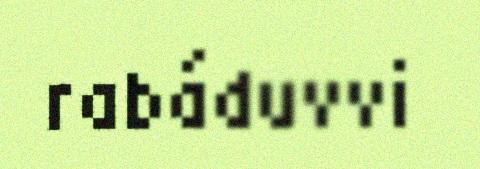
rabáduvvi